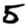
Digit: 5